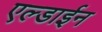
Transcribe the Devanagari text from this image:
एल्डाईन